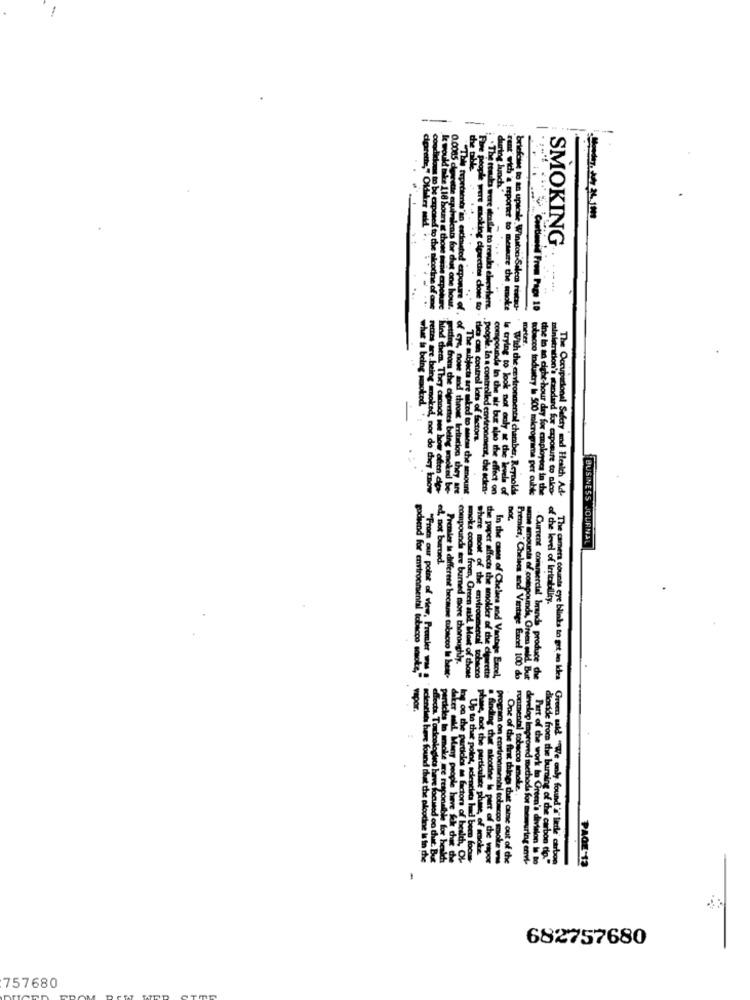
---
0.0005
ring lunch ?!
SMOKING
estimated en
le would inte 118 hours at those mine expotua
dine of one
Condidoma to be exposed to the nicotine of one
itte equivalents for dut one hour.
*The ttauka were deadler to rewska elsewhere.
rent wich a report to mewe the mole
briefcase to an upscale. Winston-Salem restso-
ting from che
u # being woo
Fettes are being
i Had chem. They
The subjecta tre
die cin control
compounds In de
la trying to look
With the enviro
tons
also the effect
ental chamber, Reyno
or do they know
being woked be-
mitation they are
-use the amount
piment, the sclen-
soco industry la 500 micrograms per cubic
e lo an eight hour dry for employees in the
istration's standard for exposure to pico-
The Occupational Safety and Health Ad-
BUSINESS JOURNAL
not burned.
of the level of irritability.
where most of the amtroom
Current commercial brands
compounds are burned more thoroughly.
Premier in different became tobacco In best-
godsend for environmental tobacco Bowle
Froma our point of view, Premier Me !
snoke cocaet from, Green ald. Most of those
the paper affects the smolder of the cienrette
In the cases of Cheles and Vantage Excel,
Premier, Chelees and Vantage Excel 100 do
wie amounts of compounds, Oreen old, But
anda produce che
The camera counts eye blinks to get an Idea
xa the
carbon
PAGE-12
682757680
757680